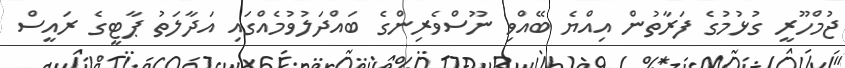
ޖުމްހޫރީ ގުޅުމުގެ ފަރާތުން އިއްޔެ ބޭއްވި ނޫސްވެރިންގެ ބައްދަލުވުމެއްގައި އަދާލަތު ޕާޓީގެ ރައީސް